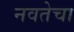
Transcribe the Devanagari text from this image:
नवतेचा